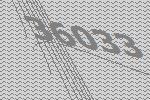
36033